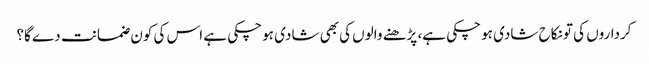
کرداروں کی تو نکاح شادی ہو چکی ہے، پڑھنے والوں کی بھی شادی ہو چکی ہے اس کی کون ضمانت دے گا؟